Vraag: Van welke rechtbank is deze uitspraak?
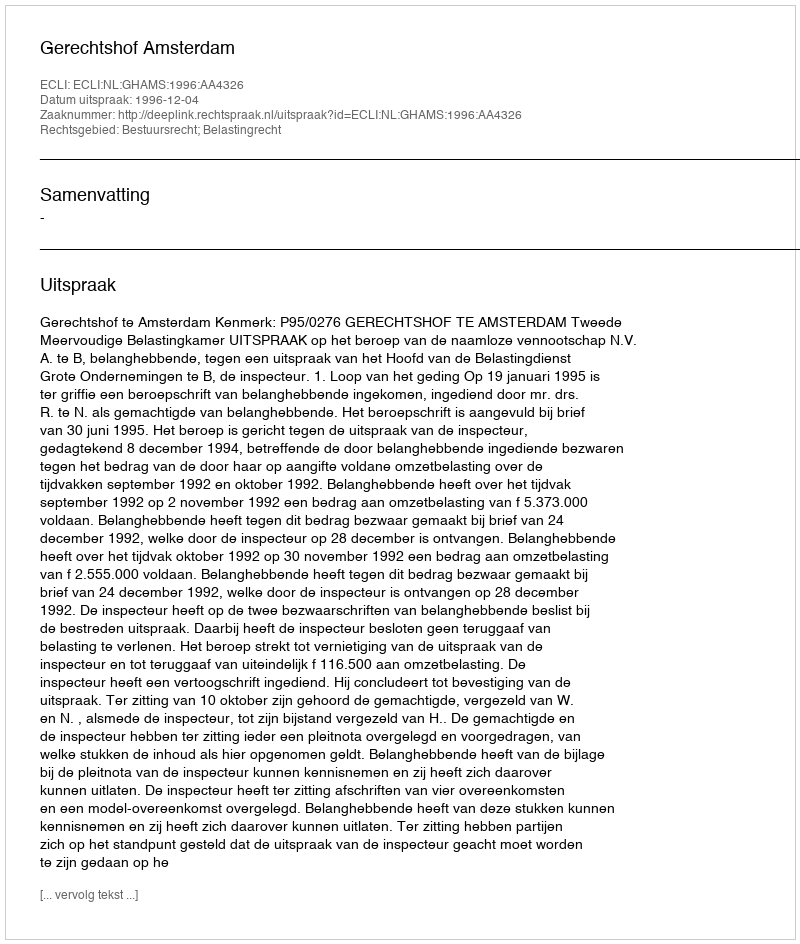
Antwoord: Gerechtshof Amsterdam